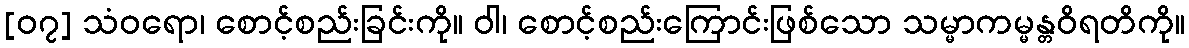
[၀၇] သံဝရော၊ စောင့်စည်းခြင်းကို။ ဝါ၊ စောင့်စည်းကြောင်းဖြစ်သော သမ္မာကမ္မန္တဝိရတိကို။